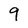
Character: 9